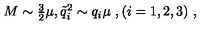
M \sim \textstyle { \frac { 3 } { 2 } } \mu , { \tilde { q } } _ { i } ^ { 2 } \sim q _ { i } \mu \ , ( i = 1 , 2 , 3 ) \ ,